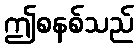
ဤစနစ်သည်